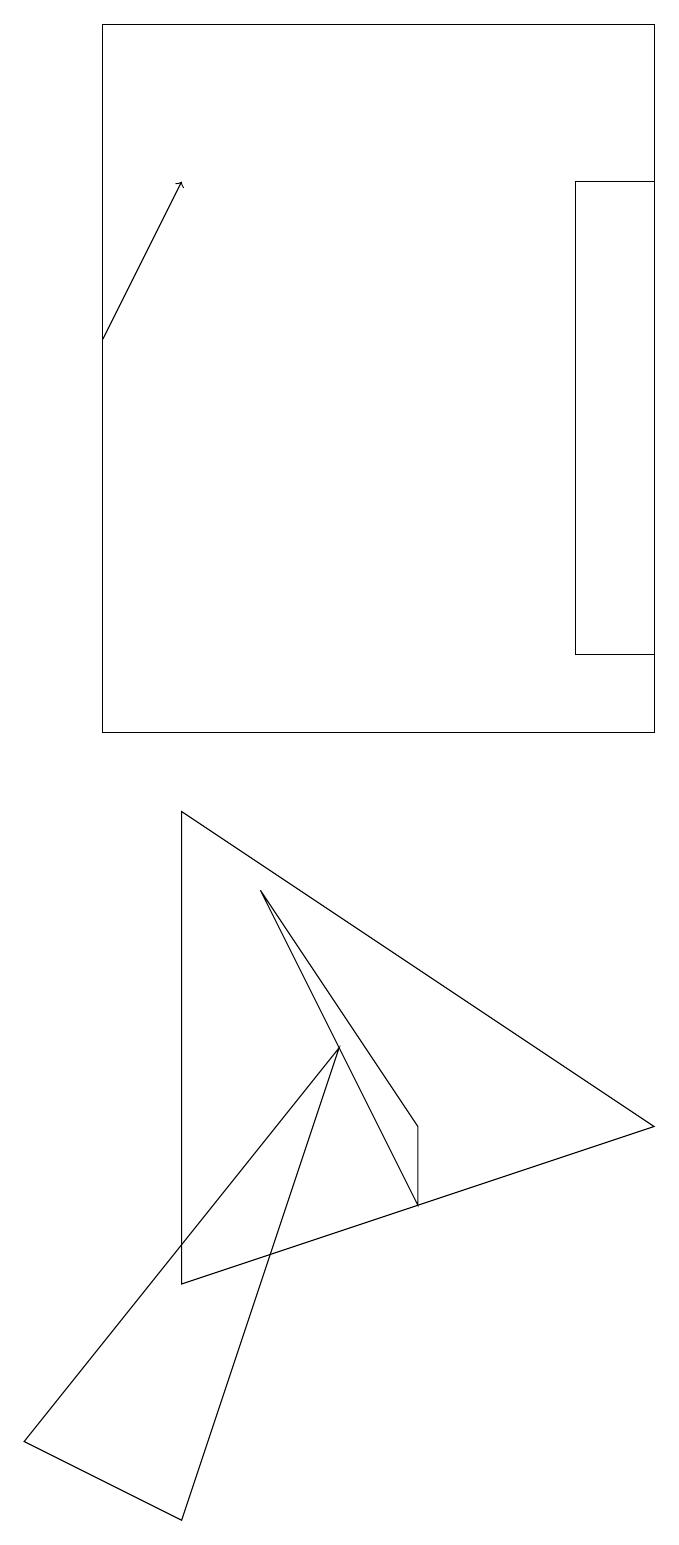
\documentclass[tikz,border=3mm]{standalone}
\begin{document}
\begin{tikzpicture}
\draw (9,17) rectangle (8,11);
\draw (6,4) -- (6,5) -- (4,8) -- cycle;
\draw (2,10) rectangle (9,19);
\draw (2,18) rectangle (2,19);
\draw[->] (2,15) -- (3,17);
\draw (5,6) -- (1,1) -- (3,0) -- cycle;
\draw (9,5) -- (3,3) -- (3,9) -- cycle;
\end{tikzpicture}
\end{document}